Civil Veterinary Department. United Provinces 1932-42 - 1932-1942
Year: 1932
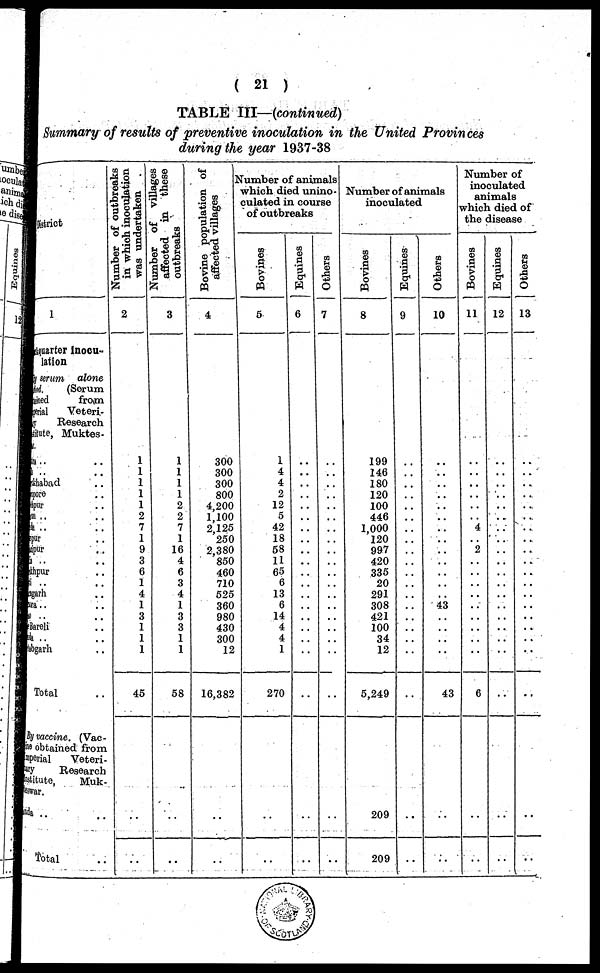
(21)
TABLE III—(continued)
Summary of results of preventive inoculation in the United Provinces
during the year 1937-38
District
1
quarter inocu-
lation
serum alone
d.
(Serum
sined
from
perial Veteri-
Research
litute, Muktes-
.. ..
.. ..
habad ..
pore ..
pur ..
r .. ..
.. ..
pur ..
ipur ..
.. ..
hpur ..
.. ..
garh ..
ra .. ..
.. ..
Bareli ..
.. ..
bgarh ..
Total ..
By vaccine. (Vac-
ne obtained from
mperial Veteri-
ary
Research
stitute,
Muk-
eswar.
nda .. ..
Total ..
Number of outbreaks
in which inoculation
was undertaken
2
1
1
1
1
1
2
7
1
9
3
6
1
4
1
3
1
1
1
45
..
..
Number of villages
affected in
these
outbreaks
3
1
1
1
1
2
2
7
1
16
4
6
3
4
1
3
3
1
1
58
..
..
Bovine population of
affected villages
4
300
300
300
800
4,200
1,100
2,125
250
2,380
850
460
710
525
360
980
430
300
12
16,382
..
..
Number of animals
which died unino-
culated in course
of outbreaks
Bovines
5
1
4
4
2
12
5
42
18
58
11
65
6
13
6
14
4
4
1
270
..
..
Equines
6
..
..
..
..
..
..
..
..
..
..
..
..
..
..
..
..
..
..
..
..
..
Others
7
..
..
..
..
..
..
..
..
..
..
..
..
..
..
..
..
..
..
..
..
..
Number of animals
inoculated
Bovines
8
199
146
180
120
100
446
1,000
120
997
420
335
20
291
308
421
100
34
12
5,249
209
209
Equines
9
..
..
..
..
..
..
..
..
..
..
..
..
..
..
..
..
..
..
..
..
..
Others
10
..
..
..
..
..
..
..
..
..
..
..
..
..
43
..
..
..
..
43
..
..
Number of
inoculated
animals
which died of
the disease
Bovines
11
..
..
..
..
..
..
4
..
2
..
..
..
..
..
..
..
..
..
6
..
..
Equines
12
..
..
..
..
..
..
..
..
..
..
..
..
..
..
..
..
..
..
..
..
..
Others
13
..
..
..
..
..
..
..
..
..
..
..
..
..
..
..
..
..
..
..
..
..